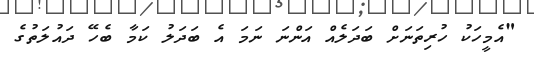
"އެމީހަކު ހުރިތަނަށް ބަދަލެއް އަންނަ ނަމަ އެ ބަދަލު ކަމާ ބެހޭ ދައުލަތުގެ